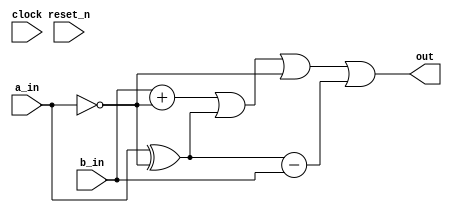
// DEFINES
`define BITS 2         // Bit width of the operands

module 	bm_dag3_lpm_log(clock, 
		reset_n, 
		a_in, 
		b_in, 
		out);

// SIGNAL DECLARATIONS
input	clock;
input 	reset_n;

input [`BITS-1:0] a_in;
input [`BITS-1:0] b_in;

output [`BITS-1:0] out;

wire [`BITS-1:0]    out;
wire [`BITS-1:0]    a;
wire [`BITS-1:0]    b;
wire [`BITS-1:0]    c;
wire [`BITS-1:0]    d;

// ASSIGN STATEMENTS
assign out = a | b | c | d;
assign a = b_in + c;
assign b = a_in ^ c;
assign c = ~a_in;
assign d = b - b_in;

endmodule